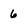
Character: 6